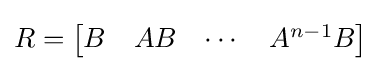
R={\begin{bmatrix}B&AB&\cdots &A^{n-1}B\end{bmatrix}}